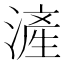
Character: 滻